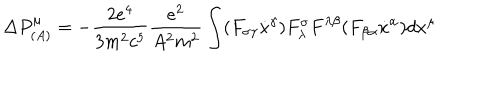
\Delta P _ { ( A ) } ^ { \mu } = - \frac { 2 e ^ { 4 } } { 3 m ^ { 2 } c ^ { 5 } } \frac { e ^ { 2 } } { A ^ { 2 } m ^ { 2 } } \int ( F _ { \sigma \gamma } \dot { x } ^ { \gamma } ) F _ { \lambda } ^ { \sigma } F ^ { \lambda \beta } ( F _ { \beta \alpha } \dot { x } ^ { \alpha } ) d x ^ { \mu } \,